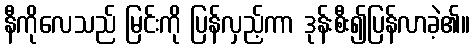
နီကိုလေသည် မြင်းကို ပြန်လှည့်ကာ ဒုန်းစီး၍ပြန်လာခဲ့၏။